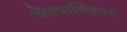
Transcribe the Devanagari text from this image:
सेल्सविज्ञान